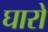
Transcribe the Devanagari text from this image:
घारो